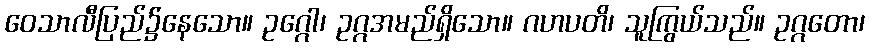
ဝေသာလီပြည်၌နေသော။ ဥဂ္ဂေါ၊ ဥဂ္ဂအမည်ရှိသော။ ဂဟပတိ၊ သူကြွယ်သည်။ ဥဂ္ဂတော၊